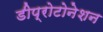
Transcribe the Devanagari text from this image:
डीप्रोटोनेशन